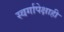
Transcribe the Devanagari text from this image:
स्वर्गापेक्षाही